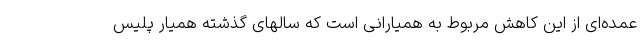
عمده‌ای از این کاهش مربوط به همیارانی است که سالهای گذشته همیار پلیس